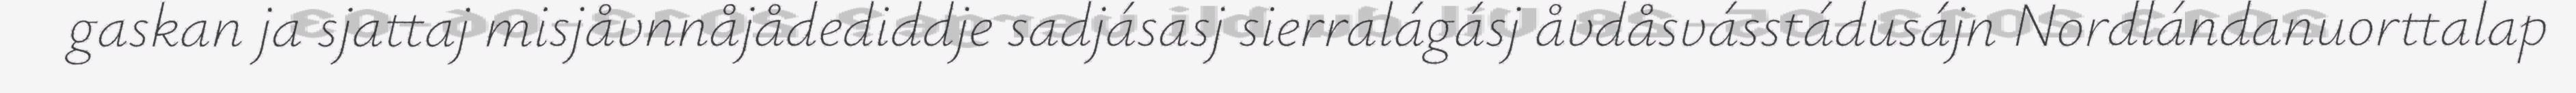
gaskan ja sjattaj misjåvnnåjådediddje sadjásasj sierralágásj åvdåsvásstádusájn Nordlándanuorttalap